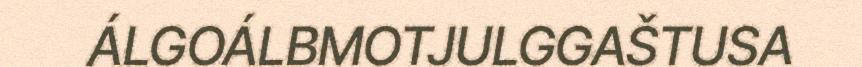
ÁLGOÁLBMOTJULGGAŠTUSA